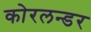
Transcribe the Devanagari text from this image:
कोरलन्डर